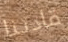
قادتنا